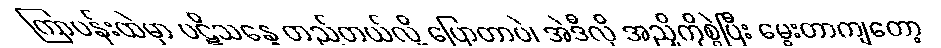
ကြာပန်းထဲမှာ ပဋိသန္ဓေ တည်တယ်လို့ ပြောတာပဲ၊ အဲဒီလို အညှိကိုစွဲပြီး မွေးတာကျတော့